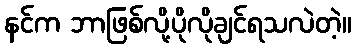
နင်က ဘာဖြစ်လို့ပိုလိုချင်ရသလဲတဲ့။